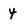
Character: 4